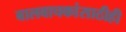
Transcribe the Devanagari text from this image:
बालवाचकांसाठीही